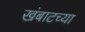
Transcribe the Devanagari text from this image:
खंबाटच्या